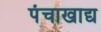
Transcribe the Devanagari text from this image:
पंचाखाद्य